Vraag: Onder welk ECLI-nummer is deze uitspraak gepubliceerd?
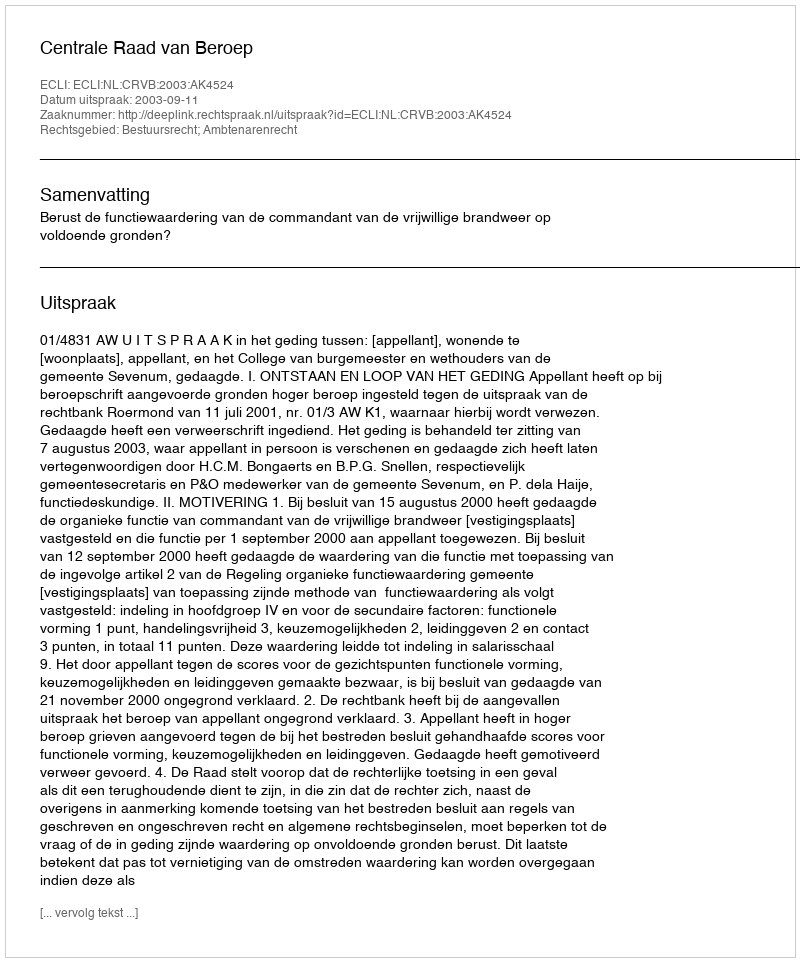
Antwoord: ECLI:NL:CRVB:2003:AK4524